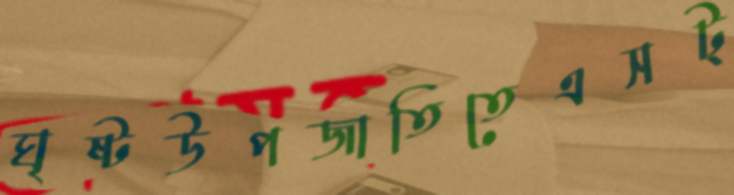
ঘৃষ্টউপজাতিতেএসট্